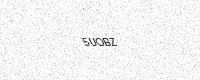
Text: 5UOBZ